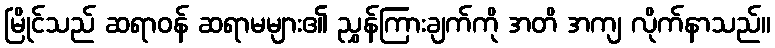
မြိုင်သည် ဆရာဝန် ဆရာမများ၏ ညွှန်ကြားချက်ကို အတိ အကျ လိုက်နာသည်။